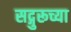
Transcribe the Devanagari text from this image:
सद्गुरूच्या